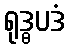
ရုဒ္ဓပဒံ